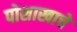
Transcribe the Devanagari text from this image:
पोशाखाचे